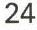
24